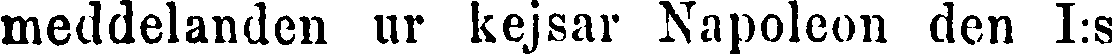
meddelanden ur kejsar Napoleon den I:s